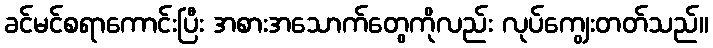
ခင်မင်စရာကောင်းပြီး အစားအသောက်တွေကိုလည်း လုပ်ကျွေးတတ်သည်။